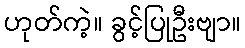
ဟုတ်ကဲ့။ ခွင့်ပြုဦးဗျာ။